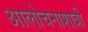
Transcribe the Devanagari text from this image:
आलोचनाशात्री